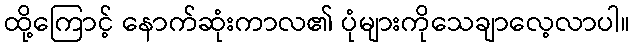
ထို့ကြောင့် နောက်ဆုံးကာလ၏ ပုံများကိုသေချာလေ့လာပါ။